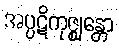
အပ္ပဋိကုဇ္ဈန္တော